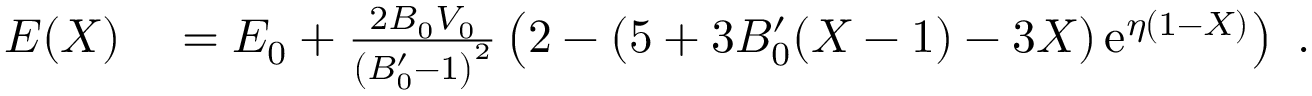
\begin{array} { r l } { E ( X ) } & { { } = E _ { 0 } + \frac { 2 B _ { 0 } V _ { 0 } } { \left( B _ { 0 } ^ { \prime } - 1 \right) ^ { 2 } } \left( 2 - \left( 5 + 3 B _ { 0 } ^ { \prime } ( X - 1 ) - 3 X \right) \mathrm { e } ^ { \eta ( 1 - X ) } \right) ~ . } \end{array}